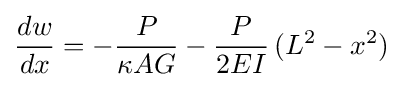
{\frac {dw}{dx}}=-{\frac {P}{\kappa AG}}-{\frac {P}{2EI}}\,(L^{2}-x^{2})